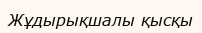
Жұдырықшалы қысқы